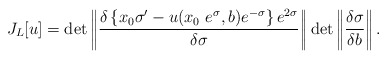
\begin{align*}J_L[u]=\det\left|\!\left|\frac{\delta\left\{x_0\sigma'-u(x_0~e^\sigma,b)e^{-\sigma}\right\}e^{2\sigma}}{\delta\sigma}\right|\!\right|\det\left|\!\left|\frac{\delta\sigma}{\delta b}\right|\!\right|.\end{align*}